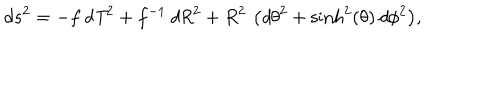
d s ^ { 2 } = { \displaystyle - f \, { \it d T } ^ { 2 } + f ^ { - 1 } \, { \it d R } ^ { 2 } + R ^ { 2 } \, \left( { \it d \theta } ^ { 2 } + \sinh ^ { 2 } ( \theta ) \, { \it d \phi } ^ { 2 } \right) } ,